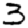
Digit: 3